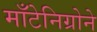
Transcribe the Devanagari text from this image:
माँटेनिग्रोने